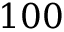
1 0 0